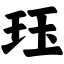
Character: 珏